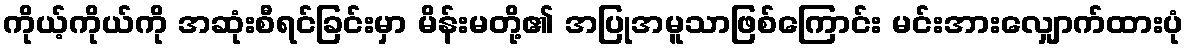
ကိုယ့်ကိုယ်ကို အဆုံးစီရင်ခြင်းမှာ မိန်းမတို့၏ အပြုအမူသာဖြစ်ကြောင်း မင်းအားလျှောက်ထားပုံ